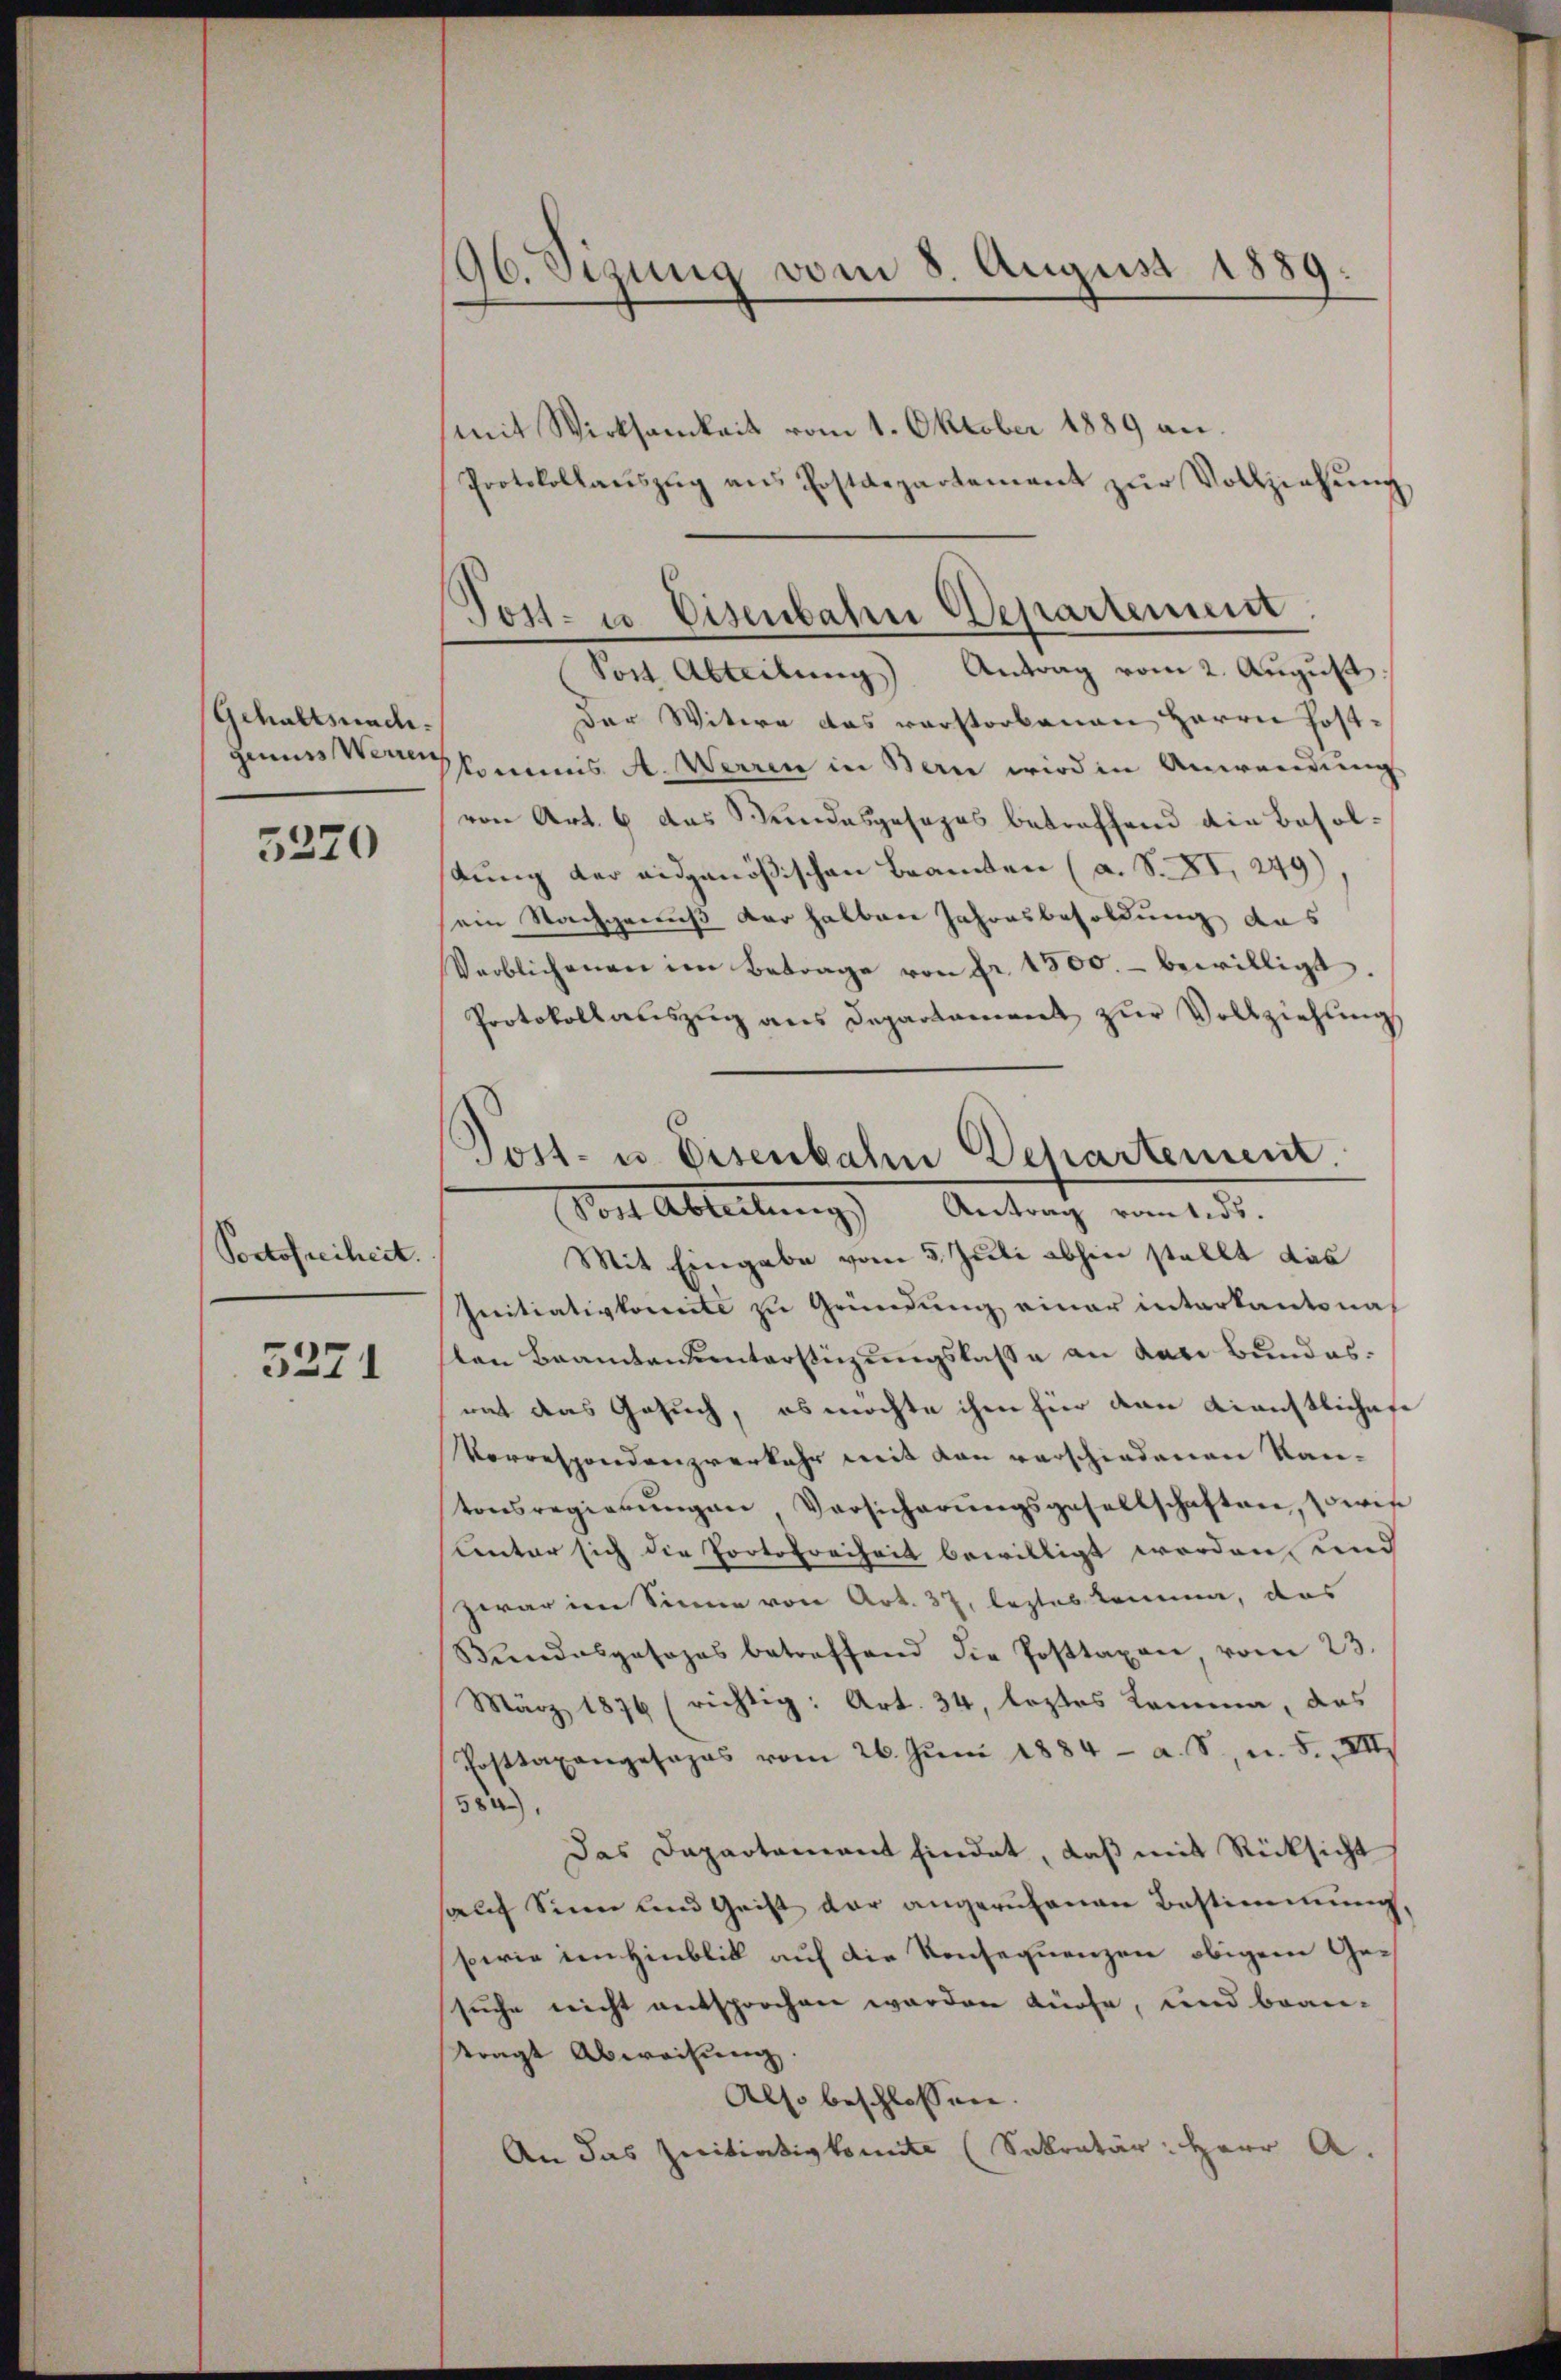
Gehaltsnach.
genuss Werren

5370

Portofreiheit.

5221

96. Sizung vom 8. August 1889.

Post- u. Eisenbahn Departement

Tost- u. Eisenbahn Departement.
Post Abteilungs Antrag vom 1. ds.

mit Wirksamkeit vom 1. Oktober 1889 an.
Protokollaŭszŭg ans Postdepartement zŭr Vollziehŭng
Sost Abteilung Antrag vom 2. August
Der Witwe das verstorbenen Herrn Post¬
Pkomnes A. Waren in Bern wird in Anwendung
von Art. 6 das Stundesgesezes betreffend die Besoltung der eidgenößischen Beamten (a. S. XI, 249).
ein Nachgenuß der halben Jahresbesoldung aus
Verblichenen im Betrage von fr. 1500.- bewilligt.
Protokollauszug aus Departament zur Vollziehung
Mit Eingabe vom 5. Juli abhin stellt das
Initiativkomite zu Gründung einer interkantonaten Beamtenunterstüzungslasse an den Bundesmit das Gesuch, es möchte ihm für den Dienstliches
Vorrespondenzverkehr mit den verschiedenen Kan-
tonsregierŭngen Versicherŭngsgesellschaften, sowie
Unter sich die Portofreiheit bewilligt worden, und
zwar im Sinne von Art. 37, leztes komme, das
Bŭndespasozas betreffend die Posttaxen, vom 23.
März 1876 (richtig: Art. 34, leztes Komma, das
Posttaxangesages vom 26. Jŭni 1884 - a. S. u. 5. III.
58).
Das Departament findet, daß mit Rücksicht
aŭf Sinn und Geist der angerufenen Bestimmung,
sowie den Hinblick auf die Konsequenzen obigem Gesuche nicht entsprochen werden dürfe, und bran-
tragt Abweisŭng.
Also beschlossen:
An das zweitiativkomite (Sekretär: Herr A.